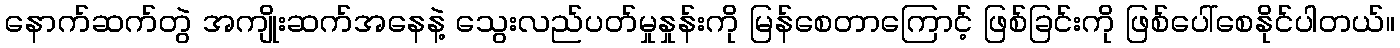
နောက်ဆက်တွဲ အကျိုးဆက်အနေနဲ့ သွေးလည်ပတ်မှုနှုန်းကို မြန်စေတာကြောင့် ဖြစ်ခြင်းကို ဖြစ်ပေါ်စေနိုင်ပါတယ်။